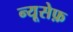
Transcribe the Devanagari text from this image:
न्यूसेफ़